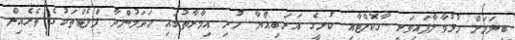
ބީލަަމަށް ހުޅުވާލާފައިވަނީ ގާކޮށްޓާއި ކުރީގެ އަރަބިއްޔާ ހުރި އިމާރާތުގައި ހަދަމުންދާ ފްލެޓްތަކުގެ ތެރެއިން